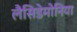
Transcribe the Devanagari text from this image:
लैसिडेमोनिया